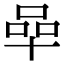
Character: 𠵀